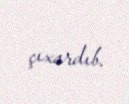
çıxardıb.